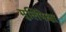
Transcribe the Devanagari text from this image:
मुलिंपेक्षा